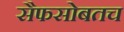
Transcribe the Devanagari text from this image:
सैफसोबतच